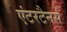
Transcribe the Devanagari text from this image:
एंटरटैनर्स